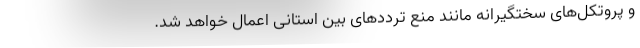
و پروتکل‌های سختگیرانه مانند منع ترددهای بین استانی اعمال خواهد شد.